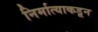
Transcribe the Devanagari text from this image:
निर्मात्याकडून